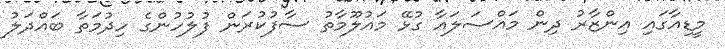
މީޑިއާގައި އިންޒާރު ދިން މައްސަލައާ ގުޅޭ މައުލޫމާތު ސާފުކުރަން ފުލުހުންގެ ހިދުމަތާ ބައްދަލު